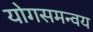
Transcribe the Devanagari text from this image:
योगसमन्वय